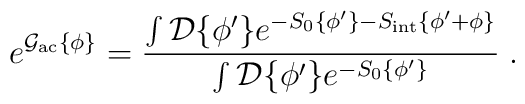
e^{ {\cal{G}}_{\rm ac} \{ {\phi}\} } =  \frac{\int {\cal{D}} \{\phi^{\prime} \} e^{ - S_0 \{\phi^{\prime} \}     -  S_{\rm int} \{ \phi^{\prime} +   {\phi } \} }}{  \int {\cal{D}} \{\phi^{\prime} \} e^{ - S_0 \{\phi^{\prime} \} } } \; .